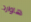
هاوارد